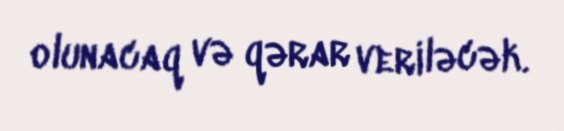
olunacaq və qərar veriləcək.